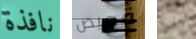
نافذة قميص في